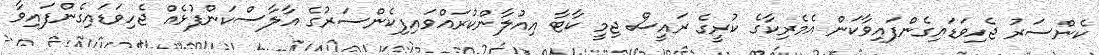
ކެންސަރު ޖެހިވަޑައިގެންފައިވާކަން އެމެރިކާގެ ކުރީގެ ރައީސް ޖިމީ ކާޓާ އިއުލާންކުރައްވައިފިކެންސަރުގެ އާލާސްކަންފުޅެއް ޖެހިވަޑައިގެންފައިވާ